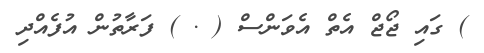
) ގައި ޖޯޖް އެތް އެވަންސް ( . ) ފަރާތުން އުފެއްދި